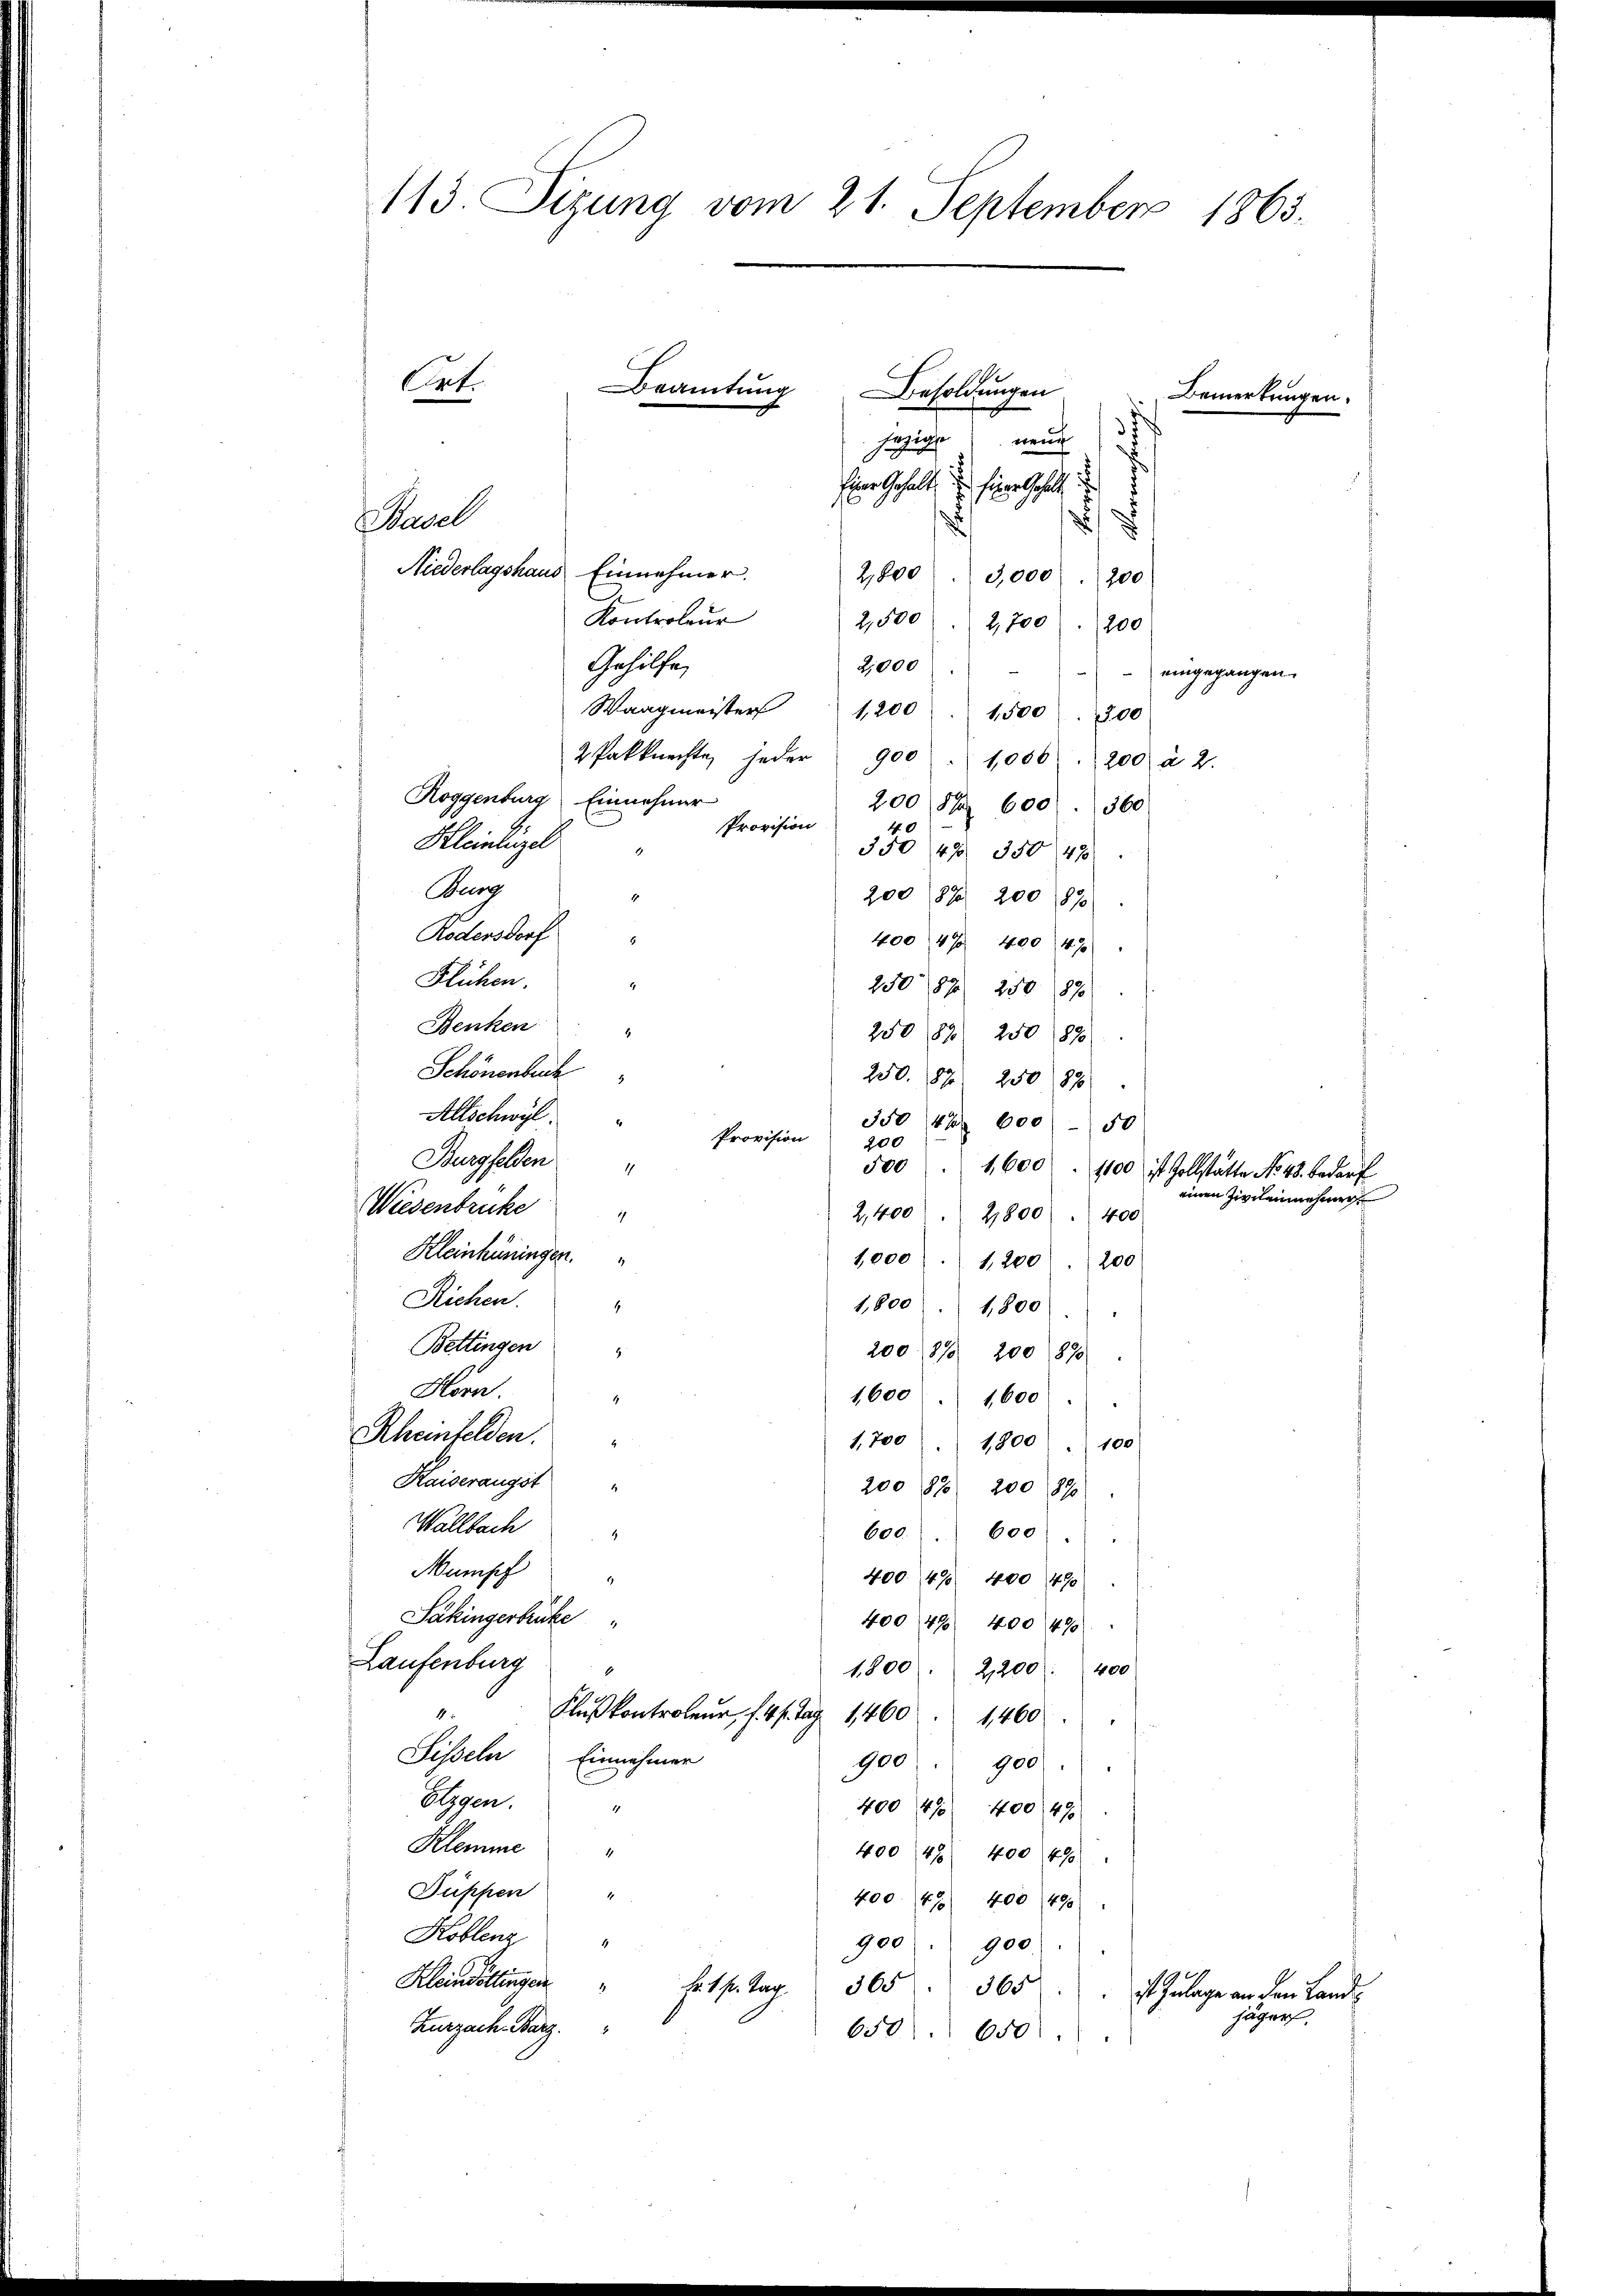
113. Sizung vom 21. September 1865.

Besoldungen
neuc
serziehe
Einer Gehalt, u. hier Gehalt
Basel
8
)
Niederlagshaus Einnehmer.
2,800
3,000. 200
Kontroleur
2,500
2,700
200
Gehilfe
2,000
—
eingegangen.
Waagmeister 1200 1,500. 300
2 Pakknechte, jeder
900 " 1006. 200 à 2.
Roggenburg Einnehmer
200 S 600 360
Provision
40
Kleinenzel
35048 350 48
1
Burg
200 87. 200 890
1
Rodensdorf
40047 400 49
Flüchen.
25087 250 1890
Benken
25082) 250 1890
Schönenbuch
250. 84 250 1890
Allschwyl
350 42 600 - 50
200
Burgfelden
Wiesenbrucke
2,400
2,800
400
Kleinhüningen.
1,000 1,200
200
Richen.
1,800  1,800
Bettingen "
200. 1873 200 890
Horn.
1,600 1,600
Rheinfelden.
1,700
1800 " 100
Kaiserangst
200 870 200 890
Wallbach
600. 600.
Mampf
400. 49 400 490
Säkingerbrücke
40049 400 490
Laufenburg
1800. 2,200. 400
4
Flußkontroleur, f. 41. Tag. 1460
1460
Siseln. Einnehmer
900 " 900.
Hlzgen.
400 4/5 400 (490
Klemme "
400 (48. 400 490
Füpfen "
400. 47 400 (4901
Koblenz "
900 " " 900.
Kleinöllingen
Hr t pr. Tag. 365. 365
 ist Zulage an den Lan
jägers,
Zurzach Barz.
650. 650

Prof.

Beamtung

Provision

500 " 1,600 " 1100 ist Zollstätte No 48. bedarf

Bemerkungen.

einen Zivilenmehrung

c